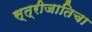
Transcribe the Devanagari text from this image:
स्त्रीजातिचा